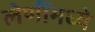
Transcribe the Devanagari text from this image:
लेणींमध्ये